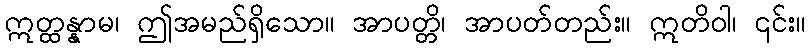
ဣတ္ထန္နာမ၊ ဤအမည်ရှိသော။ အာပတ္တိ၊ အာပတ်တည်း။ ဣတိဝါ၊ ၎င်း။